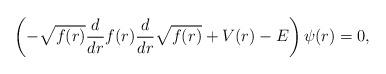
LaTeX: \begin{align*} \left(- \sqrt{f(r)} \frac{d}{dr} f(r) \frac{d}{dr} \sqrt{f(r)} + V(r) - E\right) \psi(r)=0, \end{align*}